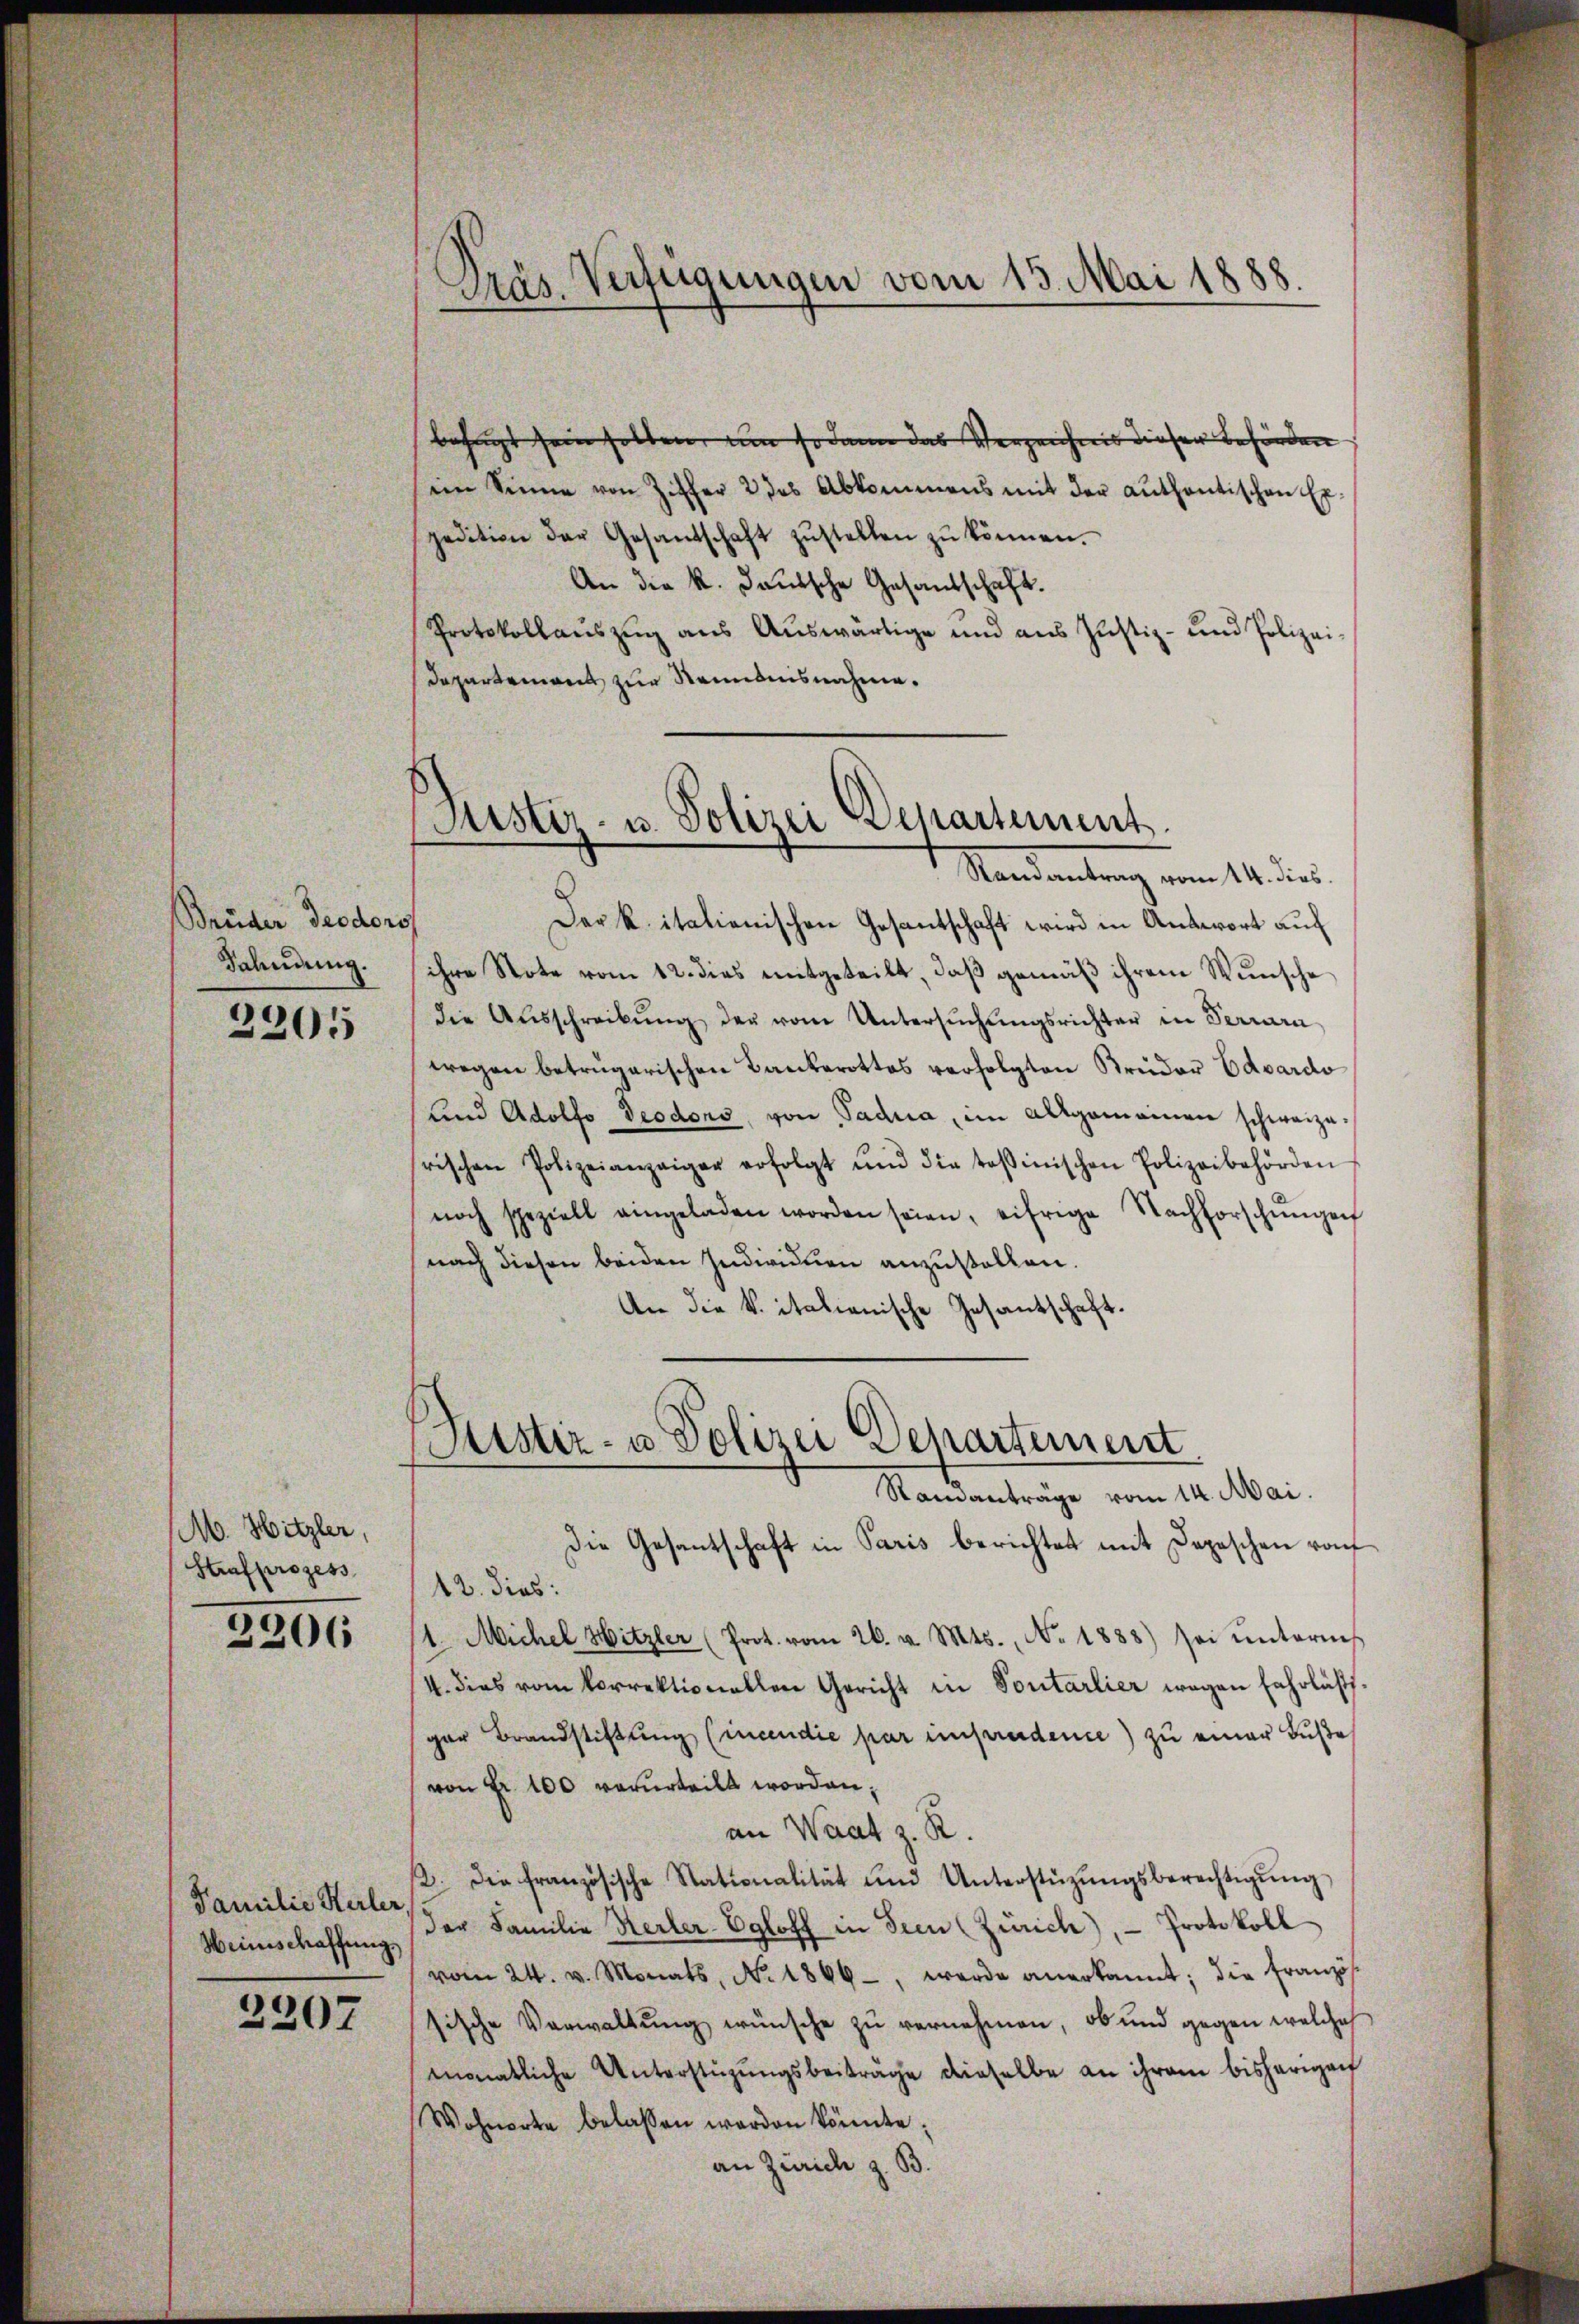
Brüder Teodoro
Fahndung.

2205

M. Hitzler,
Strafprozess

2206

Familie Kerler
Weinschaffungs

2207

Präs. Verfügungen vom 15. Mai 1888.

befugt sein sollen, um sodann das Verzeichnis dieser Behörden
ein Sinne von Ziffer 2 des Abkommens mit der authentischen Expedition der Gesandschaft zŭstellen zŭ können.
An die k. deutsche Gesandschaft.
Protokollauszug aus Auswärtige und aus Justiz- und Polizei¬
Departemont zur Renntnisnahme.

Justiz- u. Polizei Departement.
Standentrag vom 14. dies

Dark. italienischen Gesantschaft wird in Antwort auf
ihre Note vom 12. dies mitgeteilt, daβ gemäß ihrem Wunsche
die Aŭsschreibŭng der vom Untersŭchŭngsrichter in Terrara
wegen betrugarischen Bankerottes verfolgten Kruder Eduardo
und Adolfo Deodors, von Tadua, im Allgemeinen schweizerischen Polizeianzaiger erfolgt und die tessinischen Polizeibehörden
noch speziell eingeladen worden seien, eifrige Nachforschŭngen
nach diesen beiden Individuen anzustellen.
An die k. italienische Gesantschaft.

ustiz- u Polizei Departement

Ramanträge vom 14. Mai.
Die Gesantschaft in Paris berichtet mit Depeschen rauf
12. dies:
11. Michel Hitzler (Prot. vom 26. v. Mts., No. 1888) sei ŭntermes
4. dies vom Vorrektionellen Gericht in Sontarlier wegen Fahrläsgar Brandstiftung (incen die par unstrudence) zu einer Buße
von Fr. 100 verurteilt worden,
an Waat z. R.
2. Die französische Stationalität und Unterstüzŭngsberechtigŭng
der Familie Kerker-Egloff in Seen (Zürich), - Protokoll
vom 24. v. Monats, N. 1866 -, werde anerkannt; die Französ
sische Verwaltŭng wünsche zŭ vernehmen, ob und gegen welches
monatliche Unterstüzungsbeiträge dieselbe an ihrem bisherigen
Wohnorte belassen worden könnte;
an Zürich z. B.